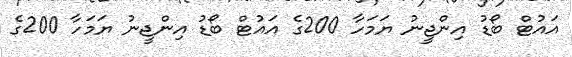
އައުޓް ބޯޑު އިންޖީނު ޔަމަހާ 200ގެ އައުޓް ބޯޑު އިންޖީނު ޔަމަހާ 200ގެ